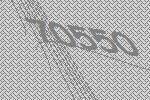
70550